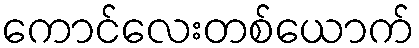
ကောင်လေးတစ်ယောက်